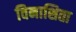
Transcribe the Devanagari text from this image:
विनाशिता